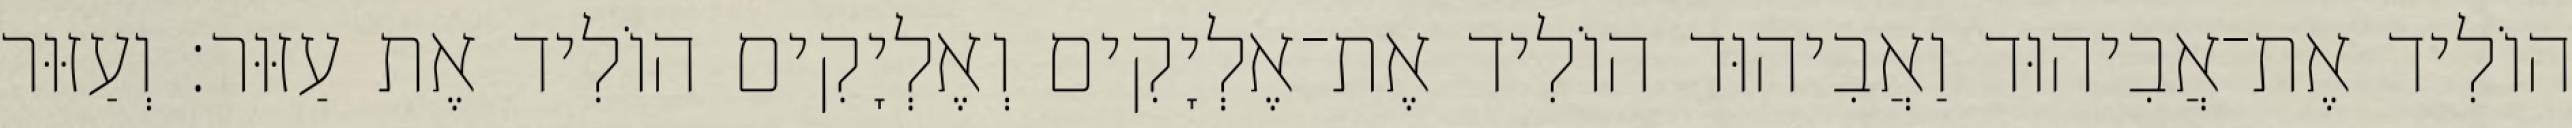
הוֹלִיד אֶת־אֲבִיהוּד וַאֲבִיהוּד הוֹלִיד אֶת־אֶלְיָקִים וְאֶלְיָקִים הוֹלִיד אֶת עַזּוּר׃ וְעַזּוּר